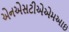
એનએસટીએએમઆઇ